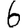
Digit: 6